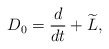
\begin{align*} D_0 = \frac{d}{dt} + \widetilde{L}, \end{align*}